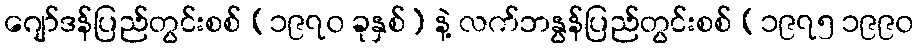
ဂျော်ဒန်ပြည်တွင်းစစ် (၁၉၇၀ ခုနှစ်) နဲ့ လက်ဘနွန်ပြည်တွင်းစစ် (၁၉၇၅ ၁၉၉၀